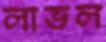
লাভল